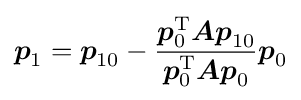
{\boldsymbol {p}}_{1}={\boldsymbol {p}}_{10}-{\frac {{\boldsymbol {p}}_{0}^{\mathrm {T} }{\boldsymbol {Ap}}_{10}}{{\boldsymbol {p}}_{0}^{\mathrm {T} }{\boldsymbol {Ap}}_{0}}}{\boldsymbol {p}}_{0}